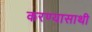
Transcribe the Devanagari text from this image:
करण्यासाथी